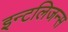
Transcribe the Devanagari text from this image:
इन्टलिजन्स